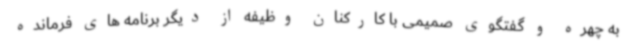
به چهره و گفتگوی صمیمی با کارکنان وظیفه از دیگر برنامه های فرمانده